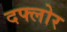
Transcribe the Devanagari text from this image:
दफ्लोर